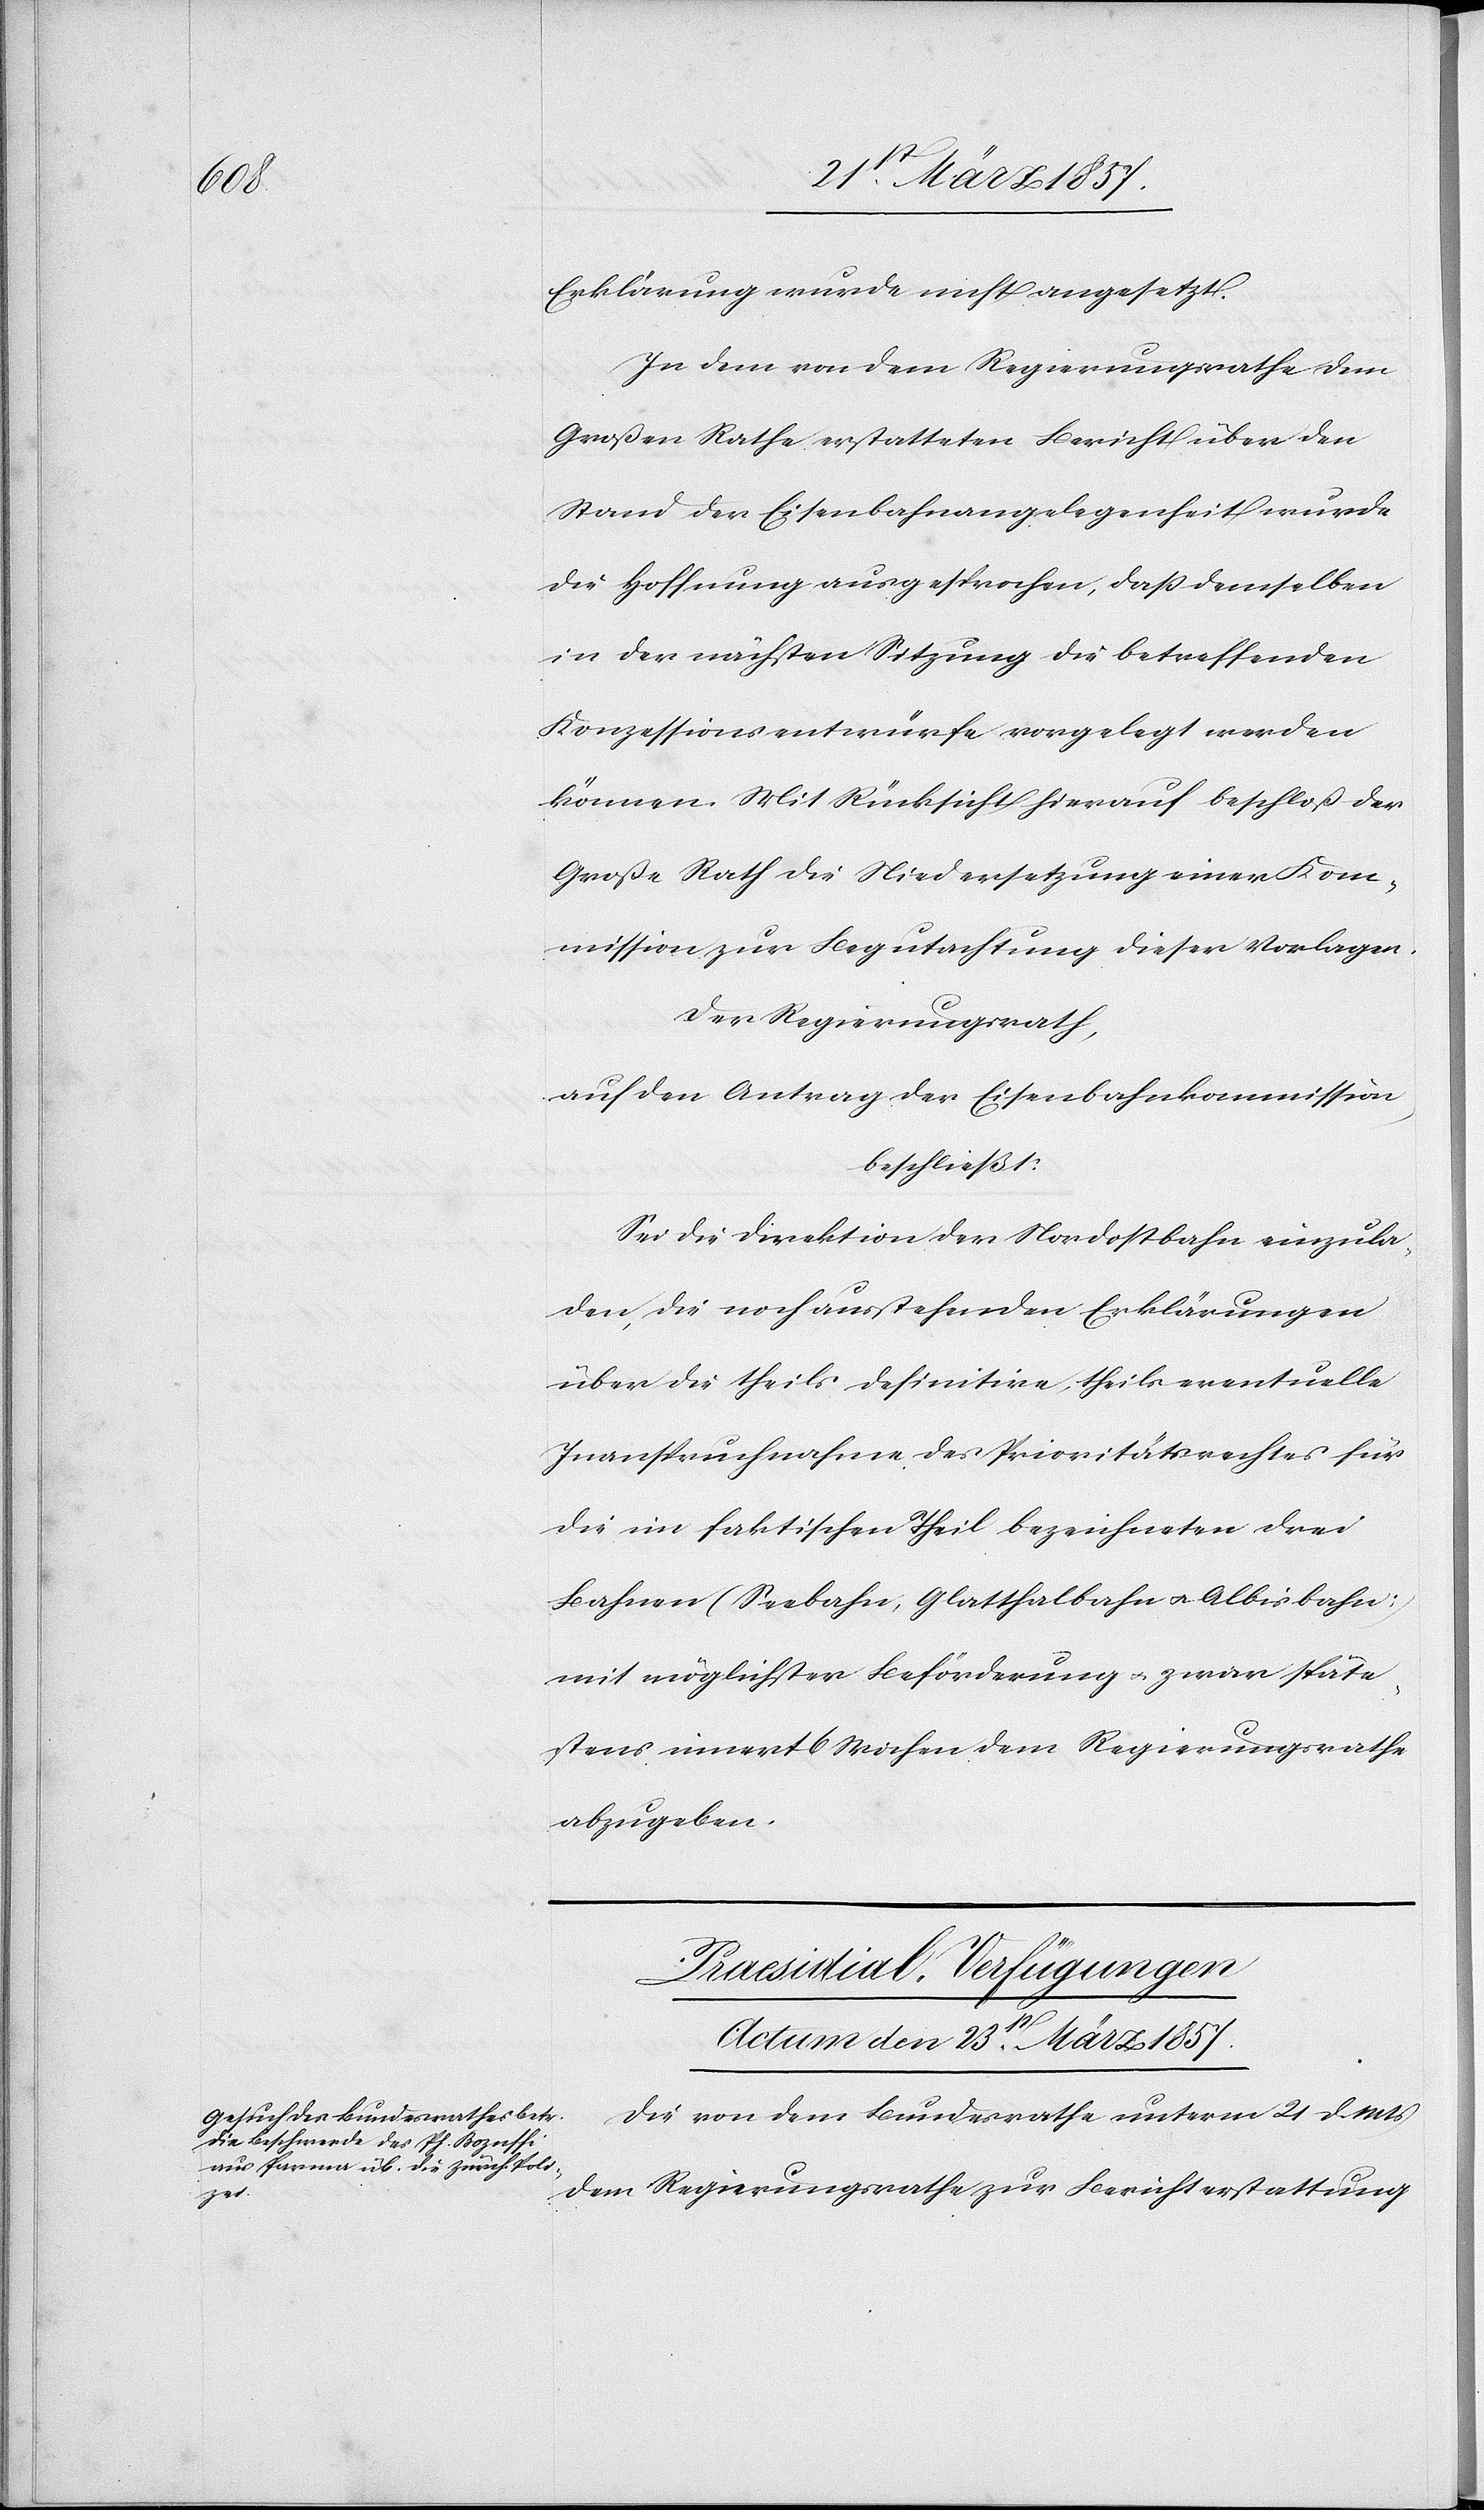
Erklärung wurde nicht angesetzt.
In dem von dem Regierungsrathe dem
Großen Rathe erstatteten Bericht über den
Stand der Eisenbahnangelegenheit wurde
die Hoffnung ausgesprochen, daß demselben
in der nächsten Sitzung die betreffenden
Konzessionsentwürfe vorgelegt werden
können. Mit Rücksicht hierauf beschloß der
Große Rath die Niedersetzung einer Kom¬
mission zur Begutachtung dieser Vorlagen.
Der Regierungsrath
auf den Antrag der Eisenbahnkommission,
beschließt:
Sei die Direktion der Nordostbahn einzula¬
den, die noch ausstehenden Erklärungen
über die theils definitive, theils eventuelle
Inanspruchnahme des Prioritätsrechtes für
die im faktischen Theil bezeichneten drei
Bahnen (Seebahn, Glatthalbahn u. Albisbahn)
mit möglichster Beförderung u. zwar späte¬
stens innert 6 Wochen dem Regierungsrathe
abzugeben.
Praesidial-Verfügungen
Actum den 23st März 1857.
Die von dem Bundesrathe unterm 21 d. Mts
dem Regierungsrathe zur Berichterstattung